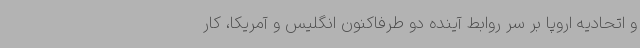
و اتحادیه اروپا بر سر روابط آینده دو طرفاکنون انگلیس و آمریکا، کار